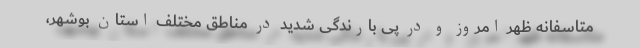
متاسفانه ظهر امروز و در پی بارندگی شدید در مناطق مختلف استان بوشهر،